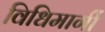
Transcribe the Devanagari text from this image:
विधिमार्गी